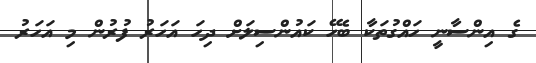
ގެ އިންސާނީ ހައްގުތަކާ ބެހޭ ކައުންސިލަށް ދިހަ އަހަރު ފުރުން މި އަހަރު